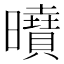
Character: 𭨍